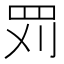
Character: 𱺹